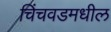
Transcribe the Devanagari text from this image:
चिंचवडमधील